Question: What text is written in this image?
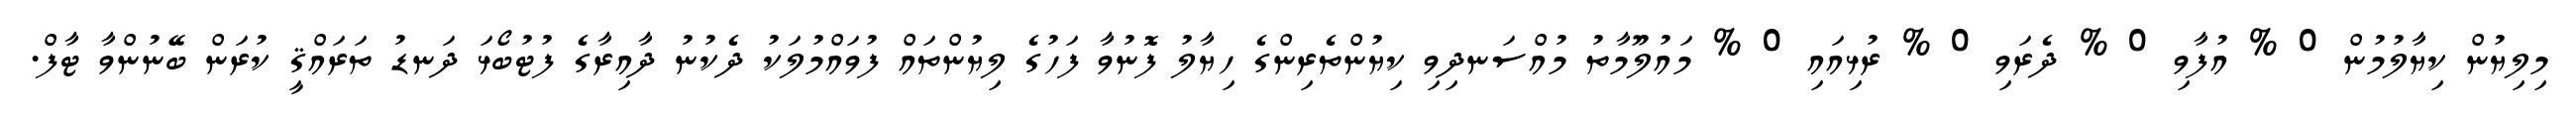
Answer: މިލިޔުން ކިޔާލުމުން 0 % އުފާވި 0 % ދެރަވި 0 % ރުޅިއައި 0 % މައުލޫމާތު މުއްސަނދިވި ކިޔުންތެރިންގެ ހިޔާލު ފޮނުވާ ފަހުގެ ލިޔުންތައް ފުވައްމުލަކު ދެކުނު ދާއިރާގެ ފުޓުބޯޅަ ދަނޑު ތަރައްޤީ ކުރަން ބޭނުންވާ ޓާފް.